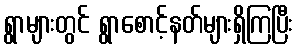
ရွာများတွင် ရွာစောင့်နတ်များရှိကြပြီး